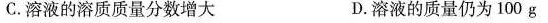
C.溶液的溶质质量分数增大 D.溶液的质量仍为100g